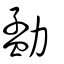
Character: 勐